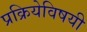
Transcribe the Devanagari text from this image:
प्रक्रियेविषयी